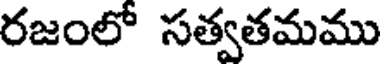
రజంలో సత్వతమము